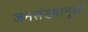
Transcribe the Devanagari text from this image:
जनसंख्यानुसा